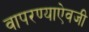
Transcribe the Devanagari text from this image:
वापरण्याऐवजी